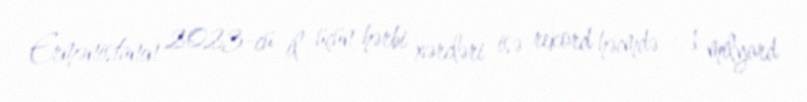
Ermənistanın 2023-cü il üçün hərbi xərcləri isə rekord həcmdə - 1 milyard